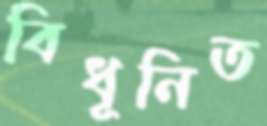
বিধূনিত